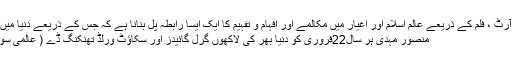
جس کا مقصدثقافت، آرٹ ، فلم کے ذریعے عالم اسلام اور اغیار میں مکالمے اور افہام و تفہیم کا ایک ایسا رابطہ پل بنانا ہے کہ جس کے ذریعے دنیا میں قائم امن ممکن ہو ...
منصور مہدی ہر سال22فروری کو دنیا بھر کی لاکھوں گرل گائیدز اور سکاﺅٹ ورلڈ تھنکنگ ڈے ( عالمی سوچ کا دن) مناتے ہیں۔